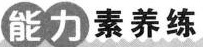
能力素养练